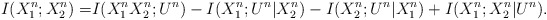
\begin{align*}I(X_1^n;X_2^n)=& I(X_1^nX_2^n;U^n)-I(X_1^n;U^n|X_2^n)-I(X_2^n;U^n|X_1^n)+I(X_1^n;X_2^n|U^n).\end{align*}